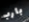
بارب